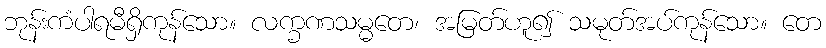
ဘုန်းကံပါရမီရှိကုန်သော။ လက္ခဏသမ္မတေ၊ အမြတ်ဟူ၍ သမုတ်အပ်ကုန်သော။ တေ